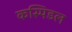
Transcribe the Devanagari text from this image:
कस्पिडल